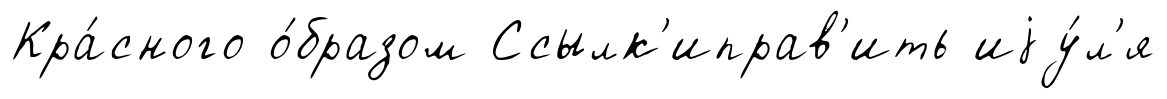
Кра́сного о́бразом Ссылк'иправ'ить иjу́л'я